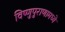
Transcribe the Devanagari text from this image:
विष्णुपुराणामध्ये